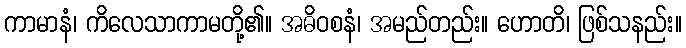
ကာမာနံ၊ ကိလေသာကာမတို့၏။ အဓိဝစနံ၊ အမည်တည်း။ ဟောတိ၊ ဖြစ်သနည်း။